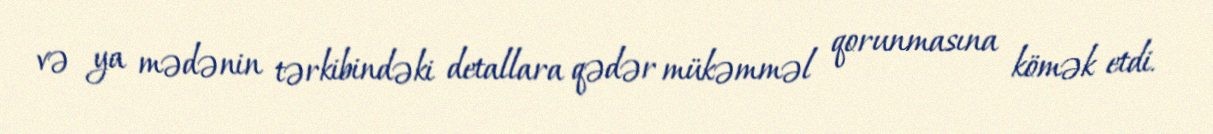
və ya mədənin tərkibindəki detallara qədər mükəmməl qorunmasına kömək etdi.